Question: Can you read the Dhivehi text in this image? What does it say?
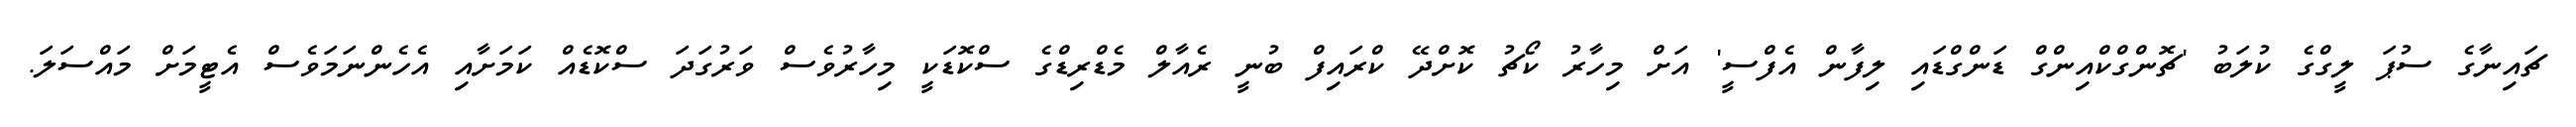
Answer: ޗައިނާގެ ސުޕަ ލީގްގެ ކުލަބު 'ޗޮންގްކްއިންގް ޑަންގްޑައި ލިފާން އެފްސީ' އަށް މިހާރު ކޯޗު ކޮށްދޭ ކްރައިފް ބުނީ ރެއާލް މެޑްރިޑްގެ ސްކޮޑަކީ މިހާރުވެސް ވަރުގަދަ ސްކޮޑެއް ކަމަށާއި އެހެންނަމަވެސް އެޓީމަށް މައްސަލަ.